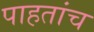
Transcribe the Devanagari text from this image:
पाहतांच